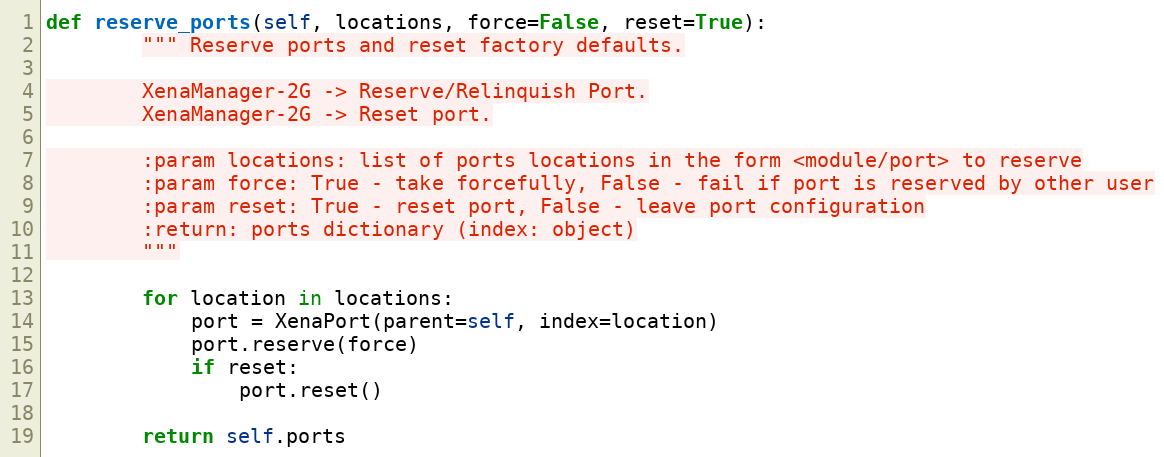
Language: Python
def reserve_ports(self, locations, force=False, reset=True):
        """ Reserve ports and reset factory defaults.

        XenaManager-2G -> Reserve/Relinquish Port.
        XenaManager-2G -> Reset port.

        :param locations: list of ports locations in the form <module/port> to reserve
        :param force: True - take forcefully, False - fail if port is reserved by other user
        :param reset: True - reset port, False - leave port configuration
        :return: ports dictionary (index: object)
        """

        for location in locations:
            port = XenaPort(parent=self, index=location)
            port.reserve(force)
            if reset:
                port.reset()

        return self.ports